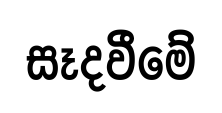
සෑදවීමේ